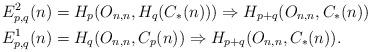
LaTeX: \begin{align*}E^{2}_{p,q}(n) &= H_{p}(O_{n,n}, H_{q}(C_{*}(n))) \Rightarrow H_{p+q}(O_{n,n}, C_{*}(n)) \\E^{1}_{p,q}(n) &= H_{q}(O_{n,n}, C_{p}(n)) \Rightarrow H_{p+q}(O_{n,n}, C_{*}(n)). \end{align*}